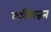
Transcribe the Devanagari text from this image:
कलियन्नन